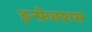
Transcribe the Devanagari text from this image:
इन्फ़ेक्शस